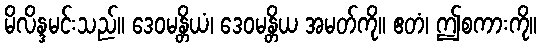
မိလိန္ဒမင်းသည်။ ဒေဝမန္တိယံ၊ ဒေဝမန္တိယ အမတ်ကို။ ဧတံ၊ ဤစကားကို။